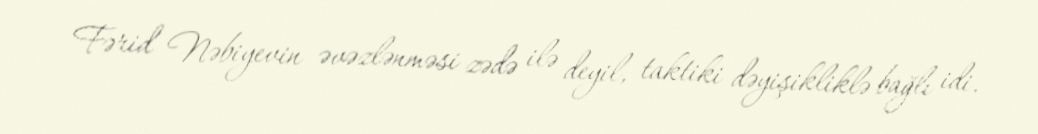
Fərid Nəbiyevin əvəzlənməsi zədə ilə deyil, taktiki dəyişikliklə bağlı idi.